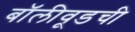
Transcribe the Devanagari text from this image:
बॉलीवूडची